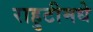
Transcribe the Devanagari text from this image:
राहुटीमधे